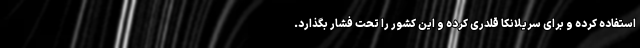
استفاده کرده و برای سریلانکا قلدری کرده و این کشور را تحت فشار بگذارد.